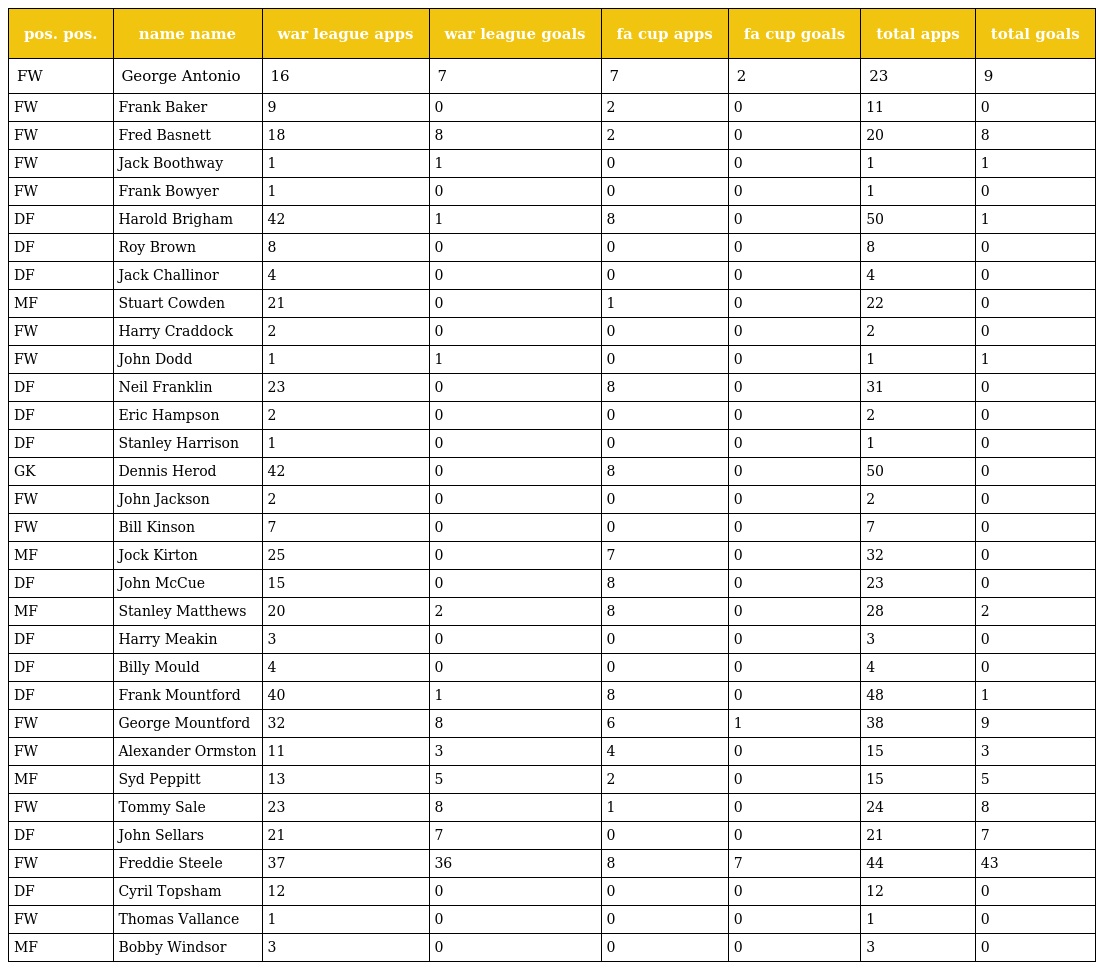
| pos. pos. | name name | war league apps | war league goals | fa cup apps | fa cup goals | total apps | total goals |
 | --- | --- | --- | --- | --- | --- | --- | --- |
 | FW | George Antonio | 16 | 7 | 7 | 2 | 23 | 9 |
 | FW | Frank Baker | 9 | 0 | 2 | 0 | 11 | 0 |
 | FW | Fred Basnett | 18 | 8 | 2 | 0 | 20 | 8 |
 | FW | Jack Boothway | 1 | 1 | 0 | 0 | 1 | 1 |
 | FW | Frank Bowyer | 1 | 0 | 0 | 0 | 1 | 0 |
 | DF | Harold Brigham | 42 | 1 | 8 | 0 | 50 | 1 |
 | DF | Roy Brown | 8 | 0 | 0 | 0 | 8 | 0 |
 | DF | Jack Challinor | 4 | 0 | 0 | 0 | 4 | 0 |
 | MF | Stuart Cowden | 21 | 0 | 1 | 0 | 22 | 0 |
 | FW | Harry Craddock | 2 | 0 | 0 | 0 | 2 | 0 |
 | FW | John Dodd | 1 | 1 | 0 | 0 | 1 | 1 |
 | DF | Neil Franklin | 23 | 0 | 8 | 0 | 31 | 0 |
 | DF | Eric Hampson | 2 | 0 | 0 | 0 | 2 | 0 |
 | DF | Stanley Harrison | 1 | 0 | 0 | 0 | 1 | 0 |
 | GK | Dennis Herod | 42 | 0 | 8 | 0 | 50 | 0 |
 | FW | John Jackson | 2 | 0 | 0 | 0 | 2 | 0 |
 | FW | Bill Kinson | 7 | 0 | 0 | 0 | 7 | 0 |
 | MF | Jock Kirton | 25 | 0 | 7 | 0 | 32 | 0 |
 | DF | John McCue | 15 | 0 | 8 | 0 | 23 | 0 |
 | MF | Stanley Matthews | 20 | 2 | 8 | 0 | 28 | 2 |
 | DF | Harry Meakin | 3 | 0 | 0 | 0 | 3 | 0 |
 | DF | Billy Mould | 4 | 0 | 0 | 0 | 4 | 0 |
 | DF | Frank Mountford | 40 | 1 | 8 | 0 | 48 | 1 |
 | FW | George Mountford | 32 | 8 | 6 | 1 | 38 | 9 |
 | FW | Alexander Ormston | 11 | 3 | 4 | 0 | 15 | 3 |
 | MF | Syd Peppitt | 13 | 5 | 2 | 0 | 15 | 5 |
 | FW | Tommy Sale | 23 | 8 | 1 | 0 | 24 | 8 |
 | DF | John Sellars | 21 | 7 | 0 | 0 | 21 | 7 |
 | FW | Freddie Steele | 37 | 36 | 8 | 7 | 44 | 43 |
 | DF | Cyril Topsham | 12 | 0 | 0 | 0 | 12 | 0 |
 | FW | Thomas Vallance | 1 | 0 | 0 | 0 | 1 | 0 |
 | MF | Bobby Windsor | 3 | 0 | 0 | 0 | 3 | 0 |